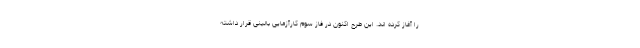
را آغاز کرده اند. این طرح اکنون در فاز سوم کارآزمایی بالینی قرار داشته